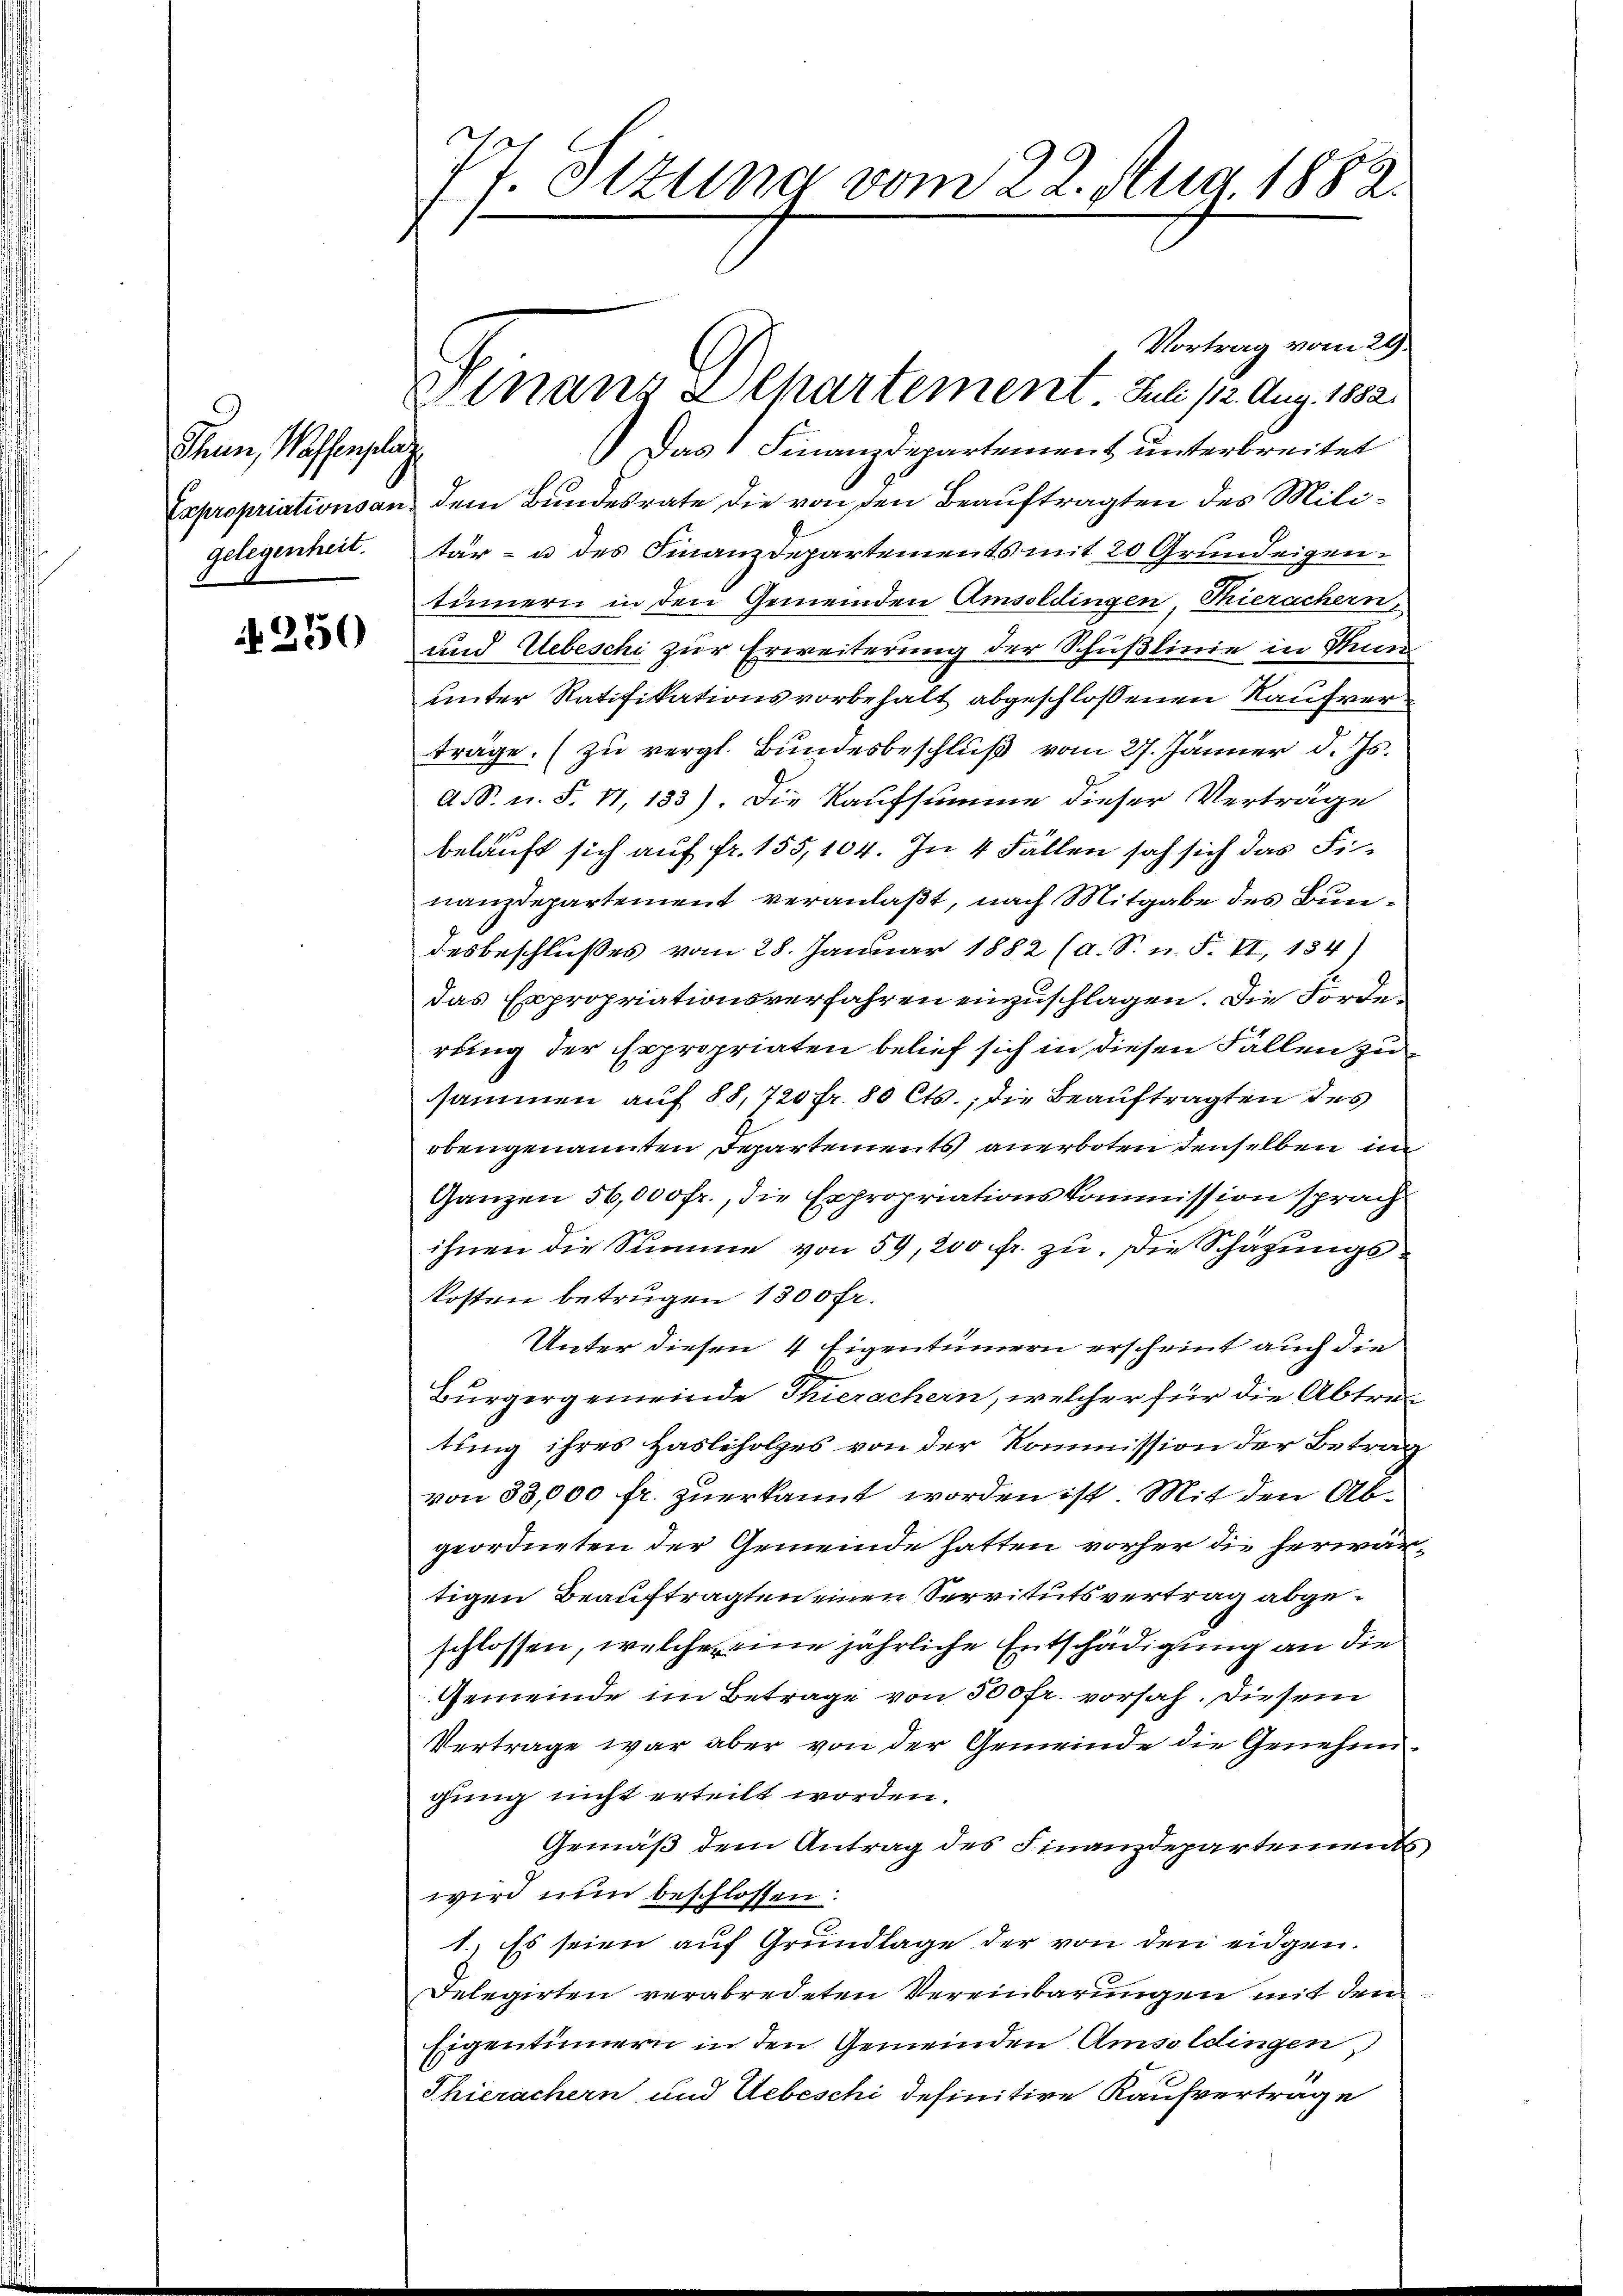
Thun, Wassenpla
Expropriationsan
gelegenheit.

N. 250

71 Sizung vom 22. Aug. 1883.

Finanz alhartement Juli 112. Aug. 1882.

Vortrag vom 29.
Das Finanzdepartement unterbreitet
f
dem Bundesrate die von den Beauftragten des Militär- u des Finanzdepartements mit 20 Grundeigentinnern in den Gemeinden Amsoldingen Thierachern,
und Uebeschi zur Erweiterung der Schußlinie in Pun
unter Ratifikationsvorbehalt abgeschlossenen Kaufverträge. (zu vergl. Bundesbeschluß vom 27. Jänner d. Js.
d. S. u. S. 11, 133). Die Kaufsumme dieser Verträge
belauft sich auf fr. 155,104. In 4 Fällen sah sich das Finanzdepartement veranlaßt, nach Mitgabe des Bundesbeschlußes vom 28. Januar 1882 (a. S. n. F. II, 134)
das Expropriationsverfahren einzuschlagen. Die Forderung der Expropriaten belief sich in diesen Fällen zusammen auf 88, 720 fr. 80 Cts., die Beauftragten des
obengenannten Departements anerboten denselben im
Ganzen 56,000 fr., die Expropriationskommission sprach
ihnen die Summe von 59, 200 fr. zu. Die Schätzungskosten betrugen 1800 fr.
Unter diesen 4 Eigentümern erscheint auch die
Bürgergemeinde Thierachern, welcher für die Abtretung ihres Hasliholzes von der Kommission der Betrag
von 33,000 fr. zuerkannt worden ist. Mit den Abgeordneten der Gemeinde hatten vorher die herwärtigen Beauftragten einen Servitutsvertrag abgeschlossen, welche eine jährliche Entschädigung an die
Gemeinde im Betrage von 300 fr. vorsah. Diesem
Vertrage war aber von der Gemeinde die Genehmgung nicht erteilt worden.
Gemäß dem Antrag des Finanzdepartements
wird nun beschlossen:
1., Es seien auf Grundlage der von den eidgen.
Delegirten verabredeten Vereinbarungen mit den
Eigentümern in den Gemeinden Amsoldingen
Thierachern und Uebeschi definitive Kaufvertrage